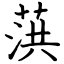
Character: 葓